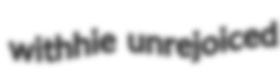
withhie unrejoiced